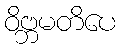
ဝိဗ္ဘမတိပေ